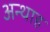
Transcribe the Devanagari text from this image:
अन्‍थाह